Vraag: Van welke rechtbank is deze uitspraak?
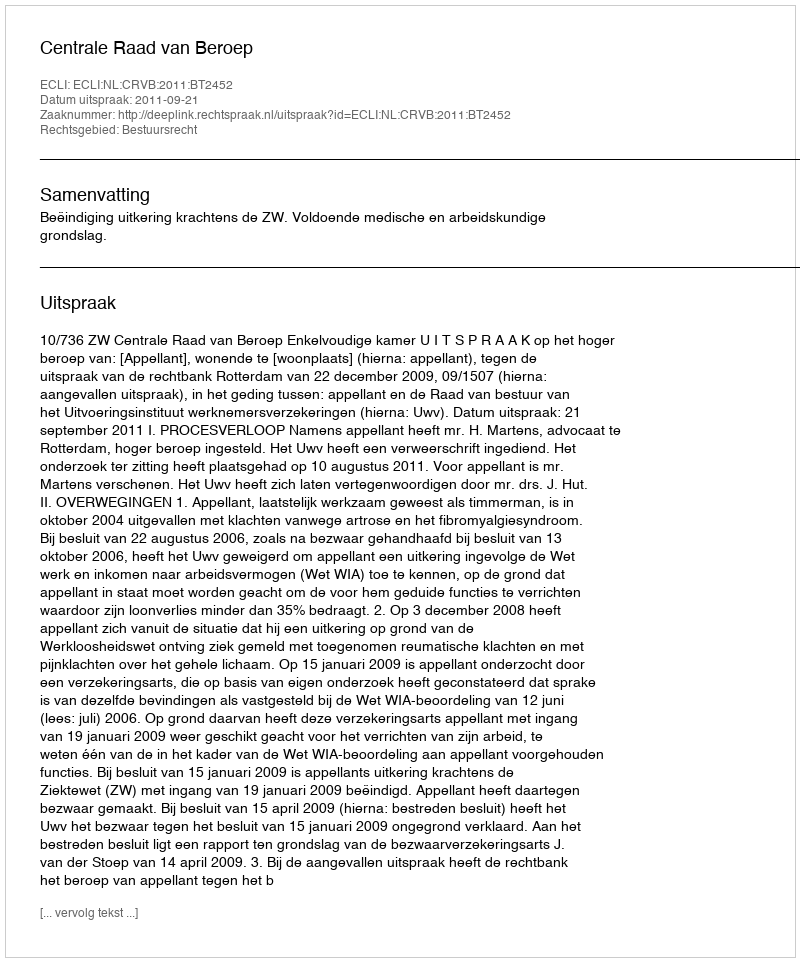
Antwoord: Centrale Raad van Beroep